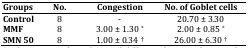
<table><thead><tr><td><b>Groups</b></td><td><b>No.</b></td><td><b>Congestion</b></td><td><b>No. of Goblet cells </b></td></tr></thead><tbody><tr><td><b>Control</b></td><td>8</td><td>-</td><td>20.70 ± 3.30</td></tr><tr><td><b>MMF</b></td><td>8</td><td>3.00 ± 1.30 *</td><td>2.00 ± 0.85 *</td></tr><tr><td><b>SMN </b><b>50</b></td><td>8</td><td>1.00 ± 0.34 †</td><td>26.00 ± 6.30 †</td></tr></tbody></table>